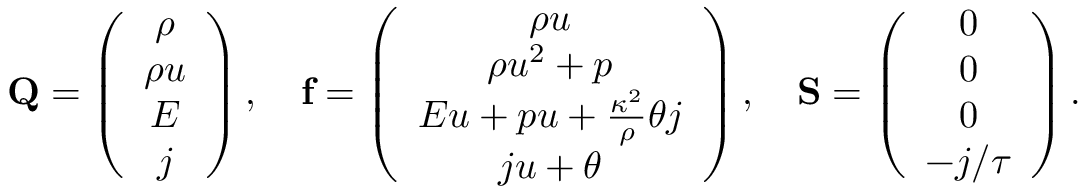
\mathbf { Q } = \left( \begin{array} { c } { \rho } \\ { \rho u } \\ { E } \\ { j } \end{array} \right) , \quad \mathbf { f } = \left( \begin{array} { c } { \rho u } \\ { \rho u ^ { 2 } + p } \\ { E u + p u + \frac { \kappa ^ { 2 } } { \rho } \theta j } \\ { j u + \theta } \end{array} \right) , \quad \mathbf { S } = \left( \begin{array} { c } { 0 } \\ { 0 } \\ { 0 } \\ { - j / \tau } \end{array} \right) .